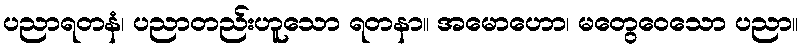
ပညာရတနံ၊ ပညာတည်းဟူသော ရတနာ။ အမောဟော၊ မတွေဝေသော ပညာ။